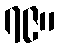
၇၉။